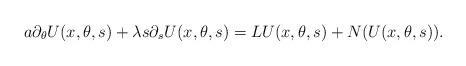
LaTeX: \begin{align*}a \partial_\theta U(x, \theta, s)+\lambda s \partial_s U(x, \theta, s) = L U(x,\theta, s)+N(U(x, \theta, s)).\end{align*}